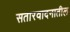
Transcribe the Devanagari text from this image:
सतारवादनातील